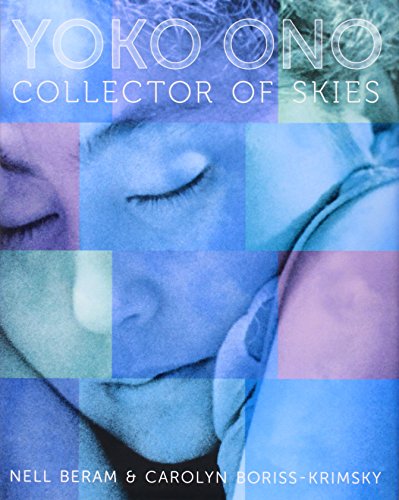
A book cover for Yoko Ono: Collector of Skies; Nell Beram; Teen & Young Adult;